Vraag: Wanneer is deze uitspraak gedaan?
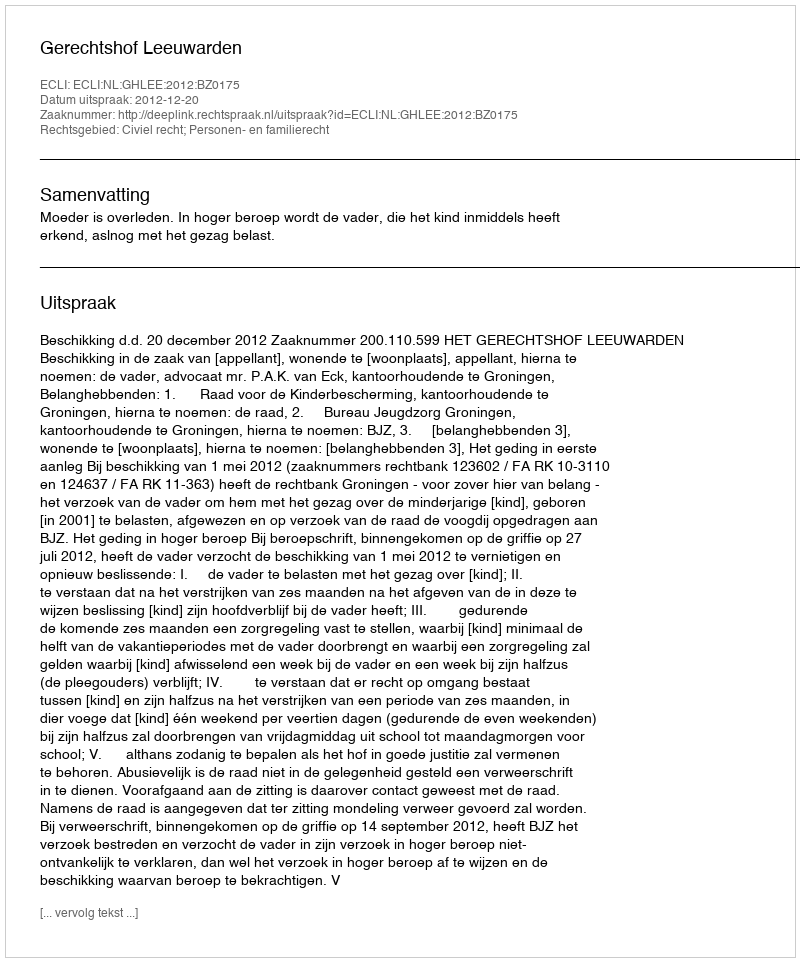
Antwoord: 2012-12-20